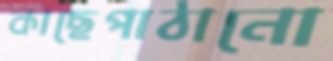
কাছেপাঠানো